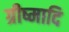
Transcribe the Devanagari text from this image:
ग्रीष्मादि